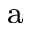
^ \mathrm { a }